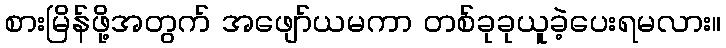
စားမြိန်ဖို့အတွက် အဖျော်ယမကာ တစ်ခုခုယူခဲ့ပေးရမလား။